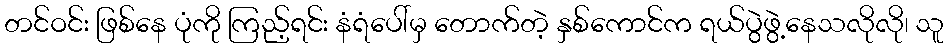
တင်ဝင်း ဖြစ်နေ ပုံကို ကြည့်ရင်း နံရံပေါ်မှ တောက်တဲ့ နှစ်ကောင်က ရယ်ပွဲဖွဲ့နေသလိုလို၊ သူ